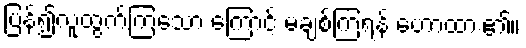
ပြန်၍လူထွက်ကြသော ကြောင့် မချစ်ကြရန် ဟောထား၏။